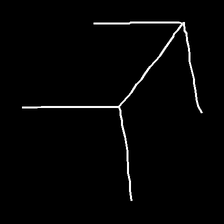
Glyph: gather